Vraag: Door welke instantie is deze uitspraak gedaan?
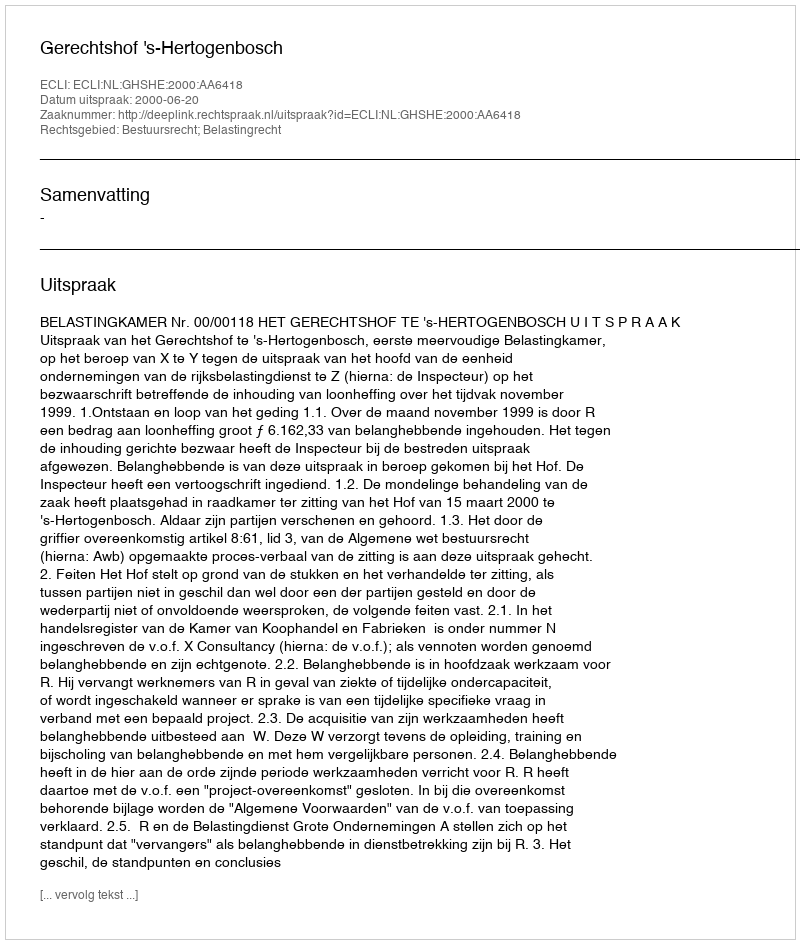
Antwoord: Gerechtshof 's-Hertogenbosch